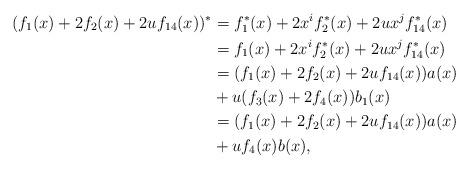
LaTeX: \begin{align*}(f_1(x)+2f_2(x)+2uf_{14}(x))^* & = f_1^*(x)+2x^if_2^*(x)+2ux^jf_{14}^*(x) \\ & = f_1(x)+2x^if_2^*(x)+2ux^jf_{14}^*(x)\\& = (f_1(x)+2f_2(x)+2uf_{14}(x))a(x) \\ & +u (f_3(x)+2 f_4(x))b_1(x) \\& = (f_1(x)+2f_2(x)+2uf_{14}(x))a(x) \\ & +u f_4(x)b(x),\end{align*}